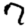
Digit: 7